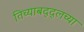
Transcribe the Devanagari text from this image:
तिच्याबद्द्लच्या